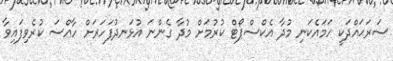
ސަރަޙައްދަކީ ހަމައެކަނި މުދާ އެކްސްޕޯޓް ކުރުމަށް މުދާ ގެންނަ އުޅަނދުފަހަރަށް ހާއްސަ ކުރެވިފައިވާ